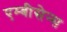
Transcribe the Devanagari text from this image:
एम्बीसेन्स